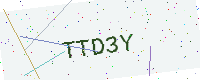
Text: TTD3Y